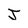
Character: J